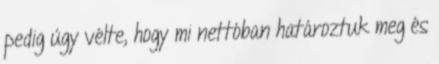
pedig úgy vélte, hogy mi nettóban határoztuk meg és